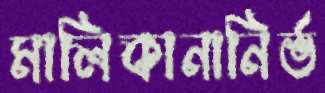
মালিকানানির্ভ